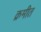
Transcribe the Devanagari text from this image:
क्रमीत